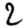
Digit: 2